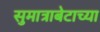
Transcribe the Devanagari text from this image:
सुमात्राबेटाच्या